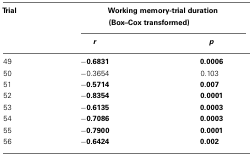
| Trial | <COLSPAN=2> Working memory-trial duration (Box–Cox transformed) |
 |  | r | p |
 | --- | --- | --- |
 | 49 | −0.6831 | 0.0006 |
 | 50 | −0.3654 | 0.103 |
 | 51 | −0.5714 | 0.007 |
 | 52 | −0.8354 | 0.0001 |
 | 53 | −0.6135 | 0.0003 |
 | 54 | −0.7086 | 0.0003 |
 | 55 | −0.7900 | 0.0001 |
 | 56 | −0.6424 | 0.002 |